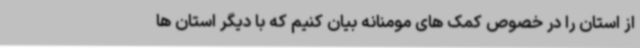
از استان را در خصوص کمک های مومنانه بیان کنیم که با دیگر استان ها